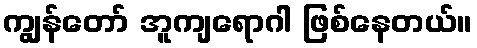
ကျွန်တော် အူကျရောဂါ ဖြစ်နေတယ်။